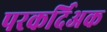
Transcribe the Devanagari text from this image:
परकर्दिअक